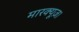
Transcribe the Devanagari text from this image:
मारक्यूज़।